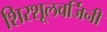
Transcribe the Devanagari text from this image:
शिरशूलवर्जिनी